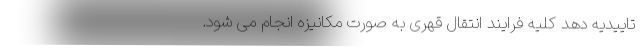
تاییدیه دهد کلیه فرایند انتقال قهری به صورت مکانیزه انجام می شود.